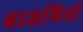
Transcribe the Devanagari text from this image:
बाजगियों